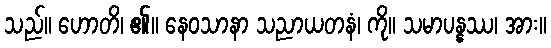
သည်။ ဟောတိ၊ ၏။ နေဝသာနာ သညာယတနံ၊ ကို။ သမာပန္နဿ၊ အား။